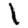
Digit: 1